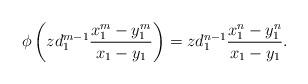
LaTeX: \begin{align*}\phi\left( zd_1^{m-1} \frac{x_1^m-y_1^m}{x_1-y_1}\right) = zd_1^{n-1}\frac{x_1^n-y_1^n}{x_1-y_1}.\end{align*}